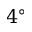
4 ^ { \circ }